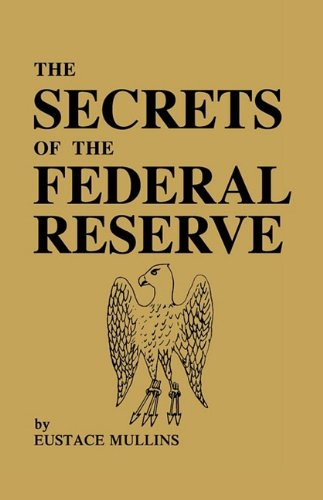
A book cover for The Secrets of the Federal Reserve; Eustace Mullins; Business & Money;